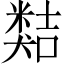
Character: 𥻽